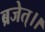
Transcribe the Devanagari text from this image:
ब्रजेत्।।